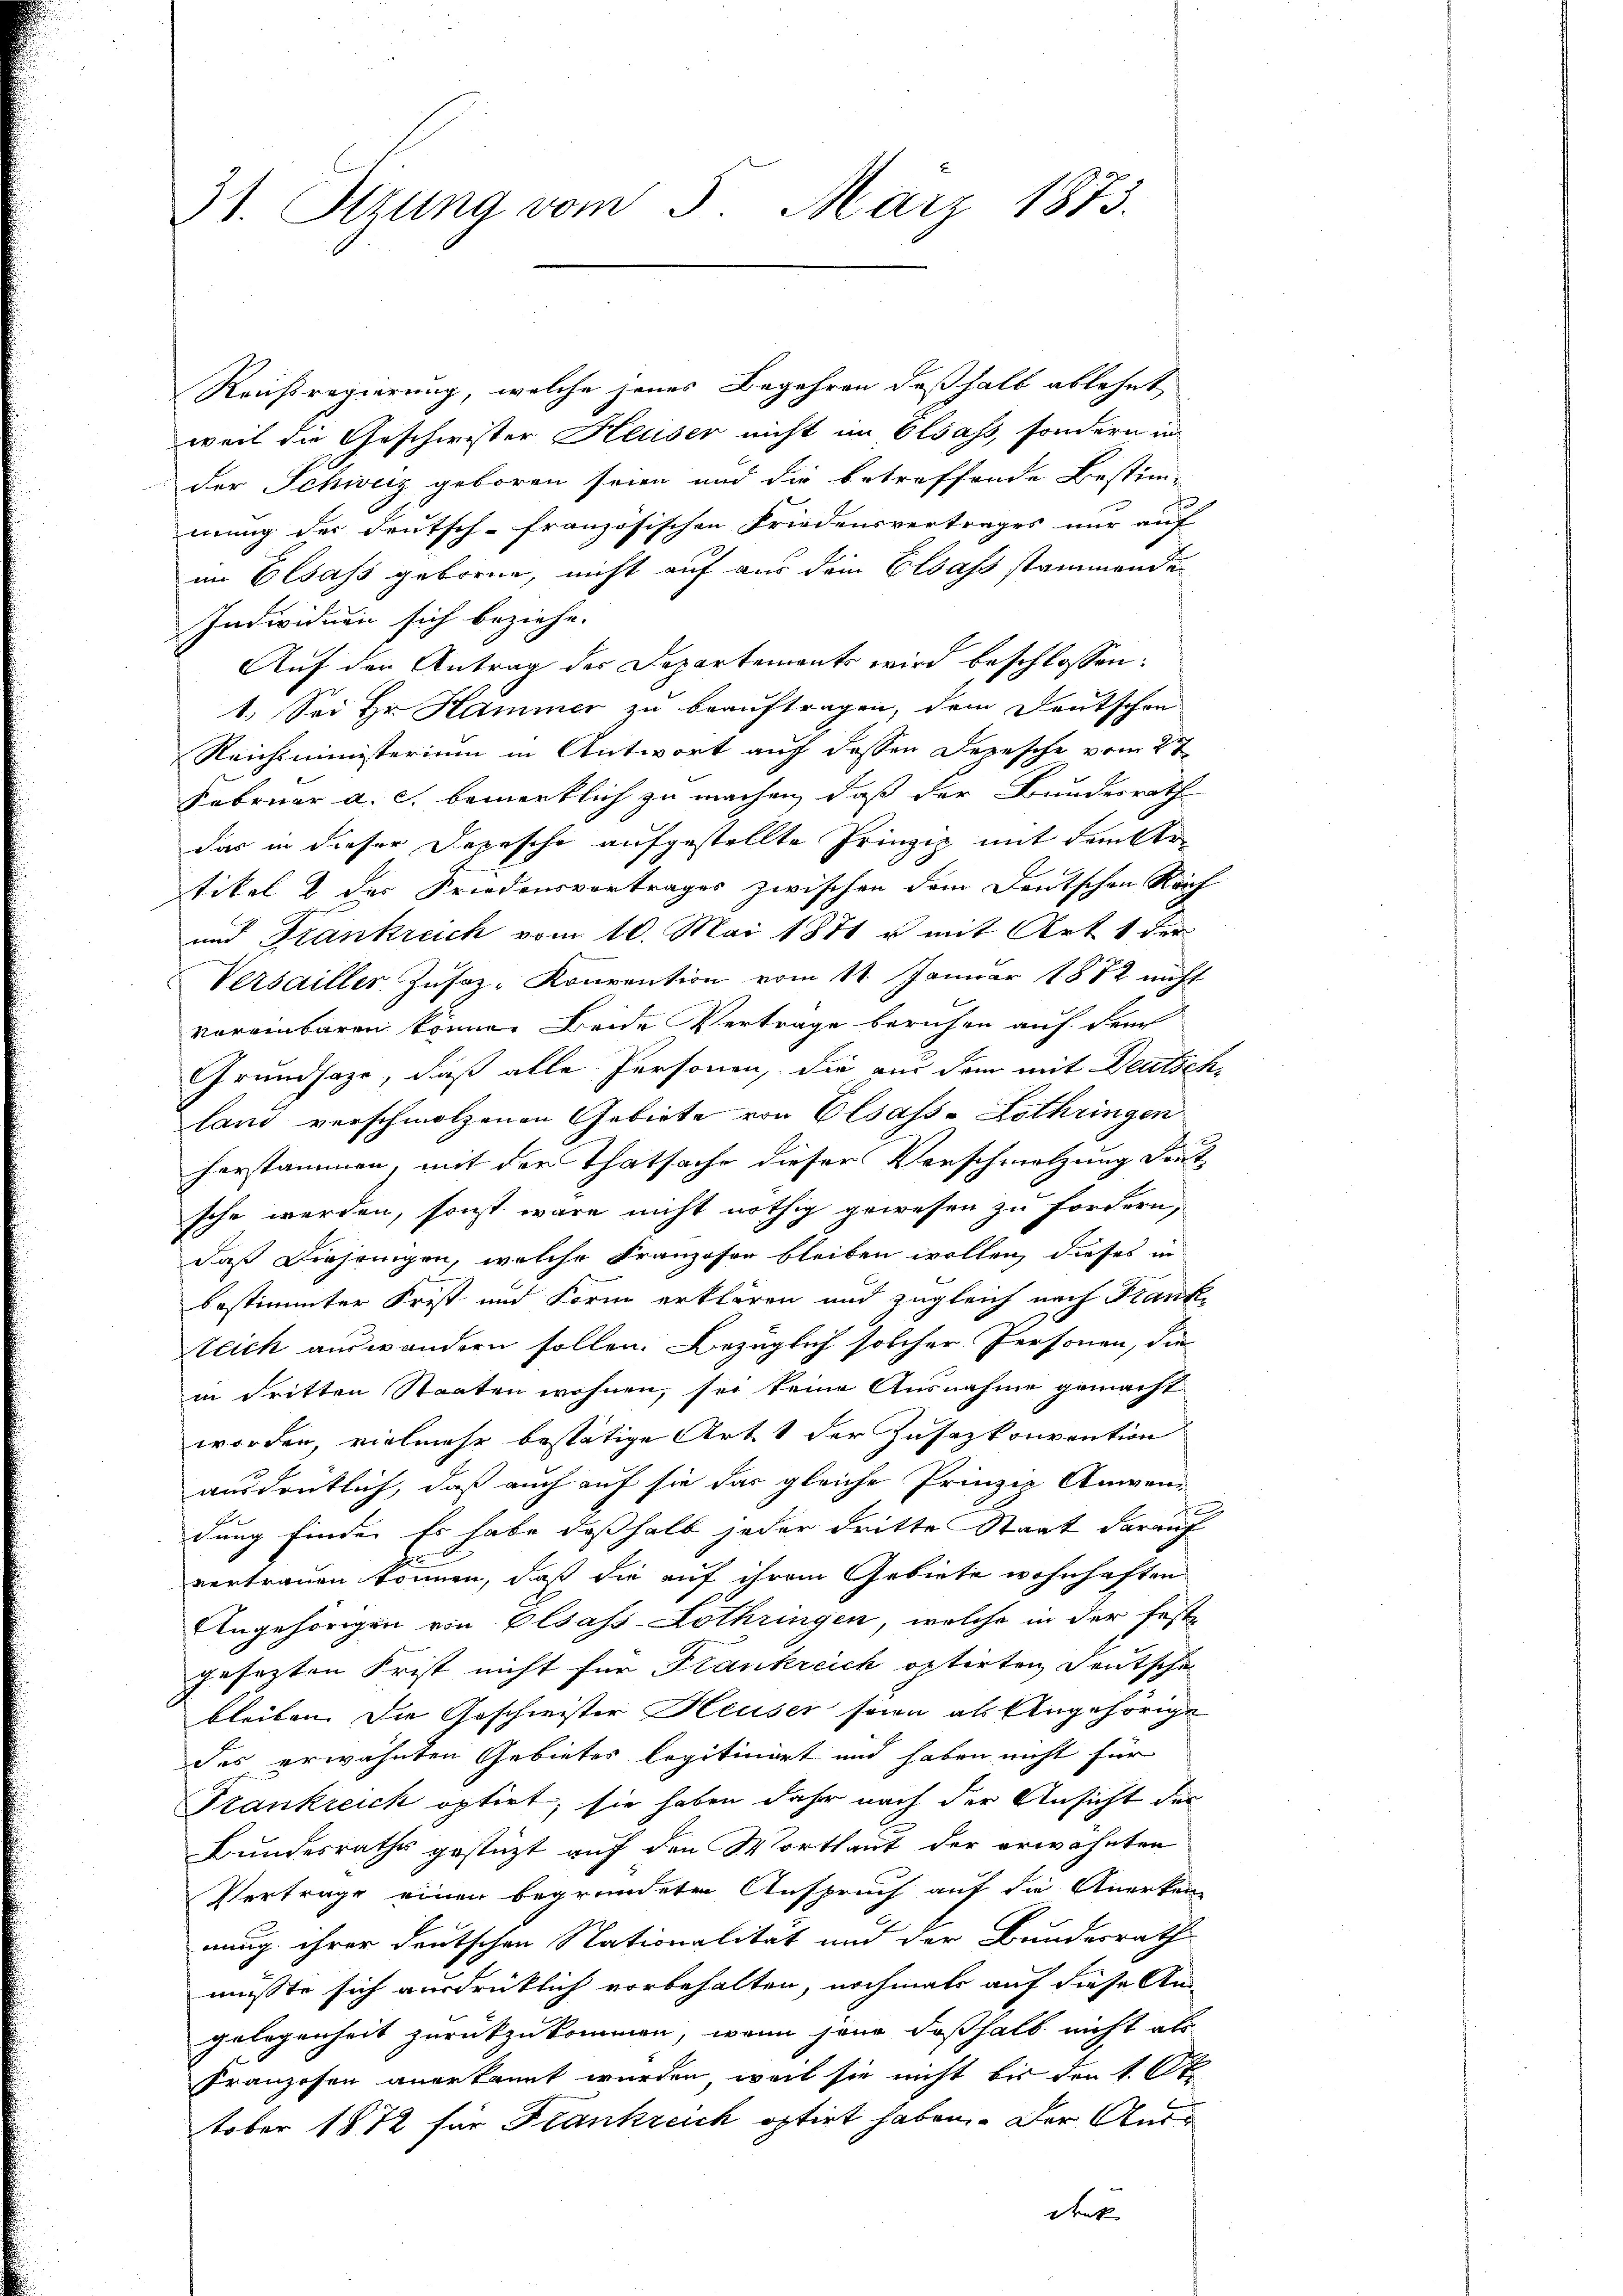
31. Sitzung vom 5. März 1873.

Reichsregierung, welche jenes Begehren deßhalb ablehnt
weil die Geschwister Heuser nicht im Elsass, sondern in
der Schweiz geboren seien und die betreffende Bestim-
mung der deutsch-französischen Friedensvertrages nur auf
im Elsass geboren, nicht auf aus dem Elsass stammende
Individuen sich beziehe.
Auf den Antrag des Departements wird beschlossen:
1.) Sei Hr. Hammer zu beauftragen, dem Deutschon
Reichsministerium in Antwort auf dessen Depesche vom 27
Februar a. c. bemerklich zu machen, daß der Bundesrath
das in dieser Depesche aufgestellte Prinzip mit denkte
tikel & der Friedensvertrages zwischen dem Deutschen Reich
und Frankreich vom 10. Mai 1871 u. mit Art. 1 der
Versailler Zŭsaz-Konvention vom 11. Januar 1872 nicht
voreinbaren können Beide Vertrage beruhen auf dem
Grundsaze, daß alle Personen, die aus dem mit Deutschland verschmolzenen Gebiete von Elsass-Lothringen
herstammen, mit der Thatsache dieser Verschmolzung deut
sche werden, sonst wäre nicht nöthig gewesen zu fordern,
daß diejenigen, welche Franzosen bleiben wollen, dieses in
bestimmter Frist und Form erklären und zugleich nach Franke
teich auswandern sollen. Bezüglich solcher Personen, die
in dritten Staaten wohnen, sei keine Ausnahme gemacht
worden, vielmehr bestätige Art. 1 der Zusazkonvention
ausdrüklich, daß auch auf sie das gleiche Prinzip Anwen
2
dung finde. Es habe deßhalb jeder dritte Staat darauf
E.
vertrauen können, daß die auf ihrem Gebiete wohnhaften
Angehörigen von Elsass-Lothringen, welche in der Fest-
gesetzten Frist nicht für Frankreich optirten Deutsche
bleiben die Geschweister Heuser seien als Eingehörige
des erwähnten Gebietes legitinirt und haben nicht für
Frankreich optirt, sie haben daher nach der Ansicht der
Bundesraths gestützt auf den Wortlaut der erwähnten
Vertrage einen begründeten Anspruch auf die Anerken-
nung ihrer deutschen Nationalität und der Bundesrath
müsste sich ausdrücklich vorbehalten, nochmals auf diese An-
gelegenheit zurückzukommen, wenn jene Foshalb nicht als
Franzosen anerkannt wurden, weil sie nicht bis den 1. Ot
tober 1872 für Frankreich optirt haben. Der Ausdruk